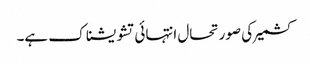
کشمیر کی صورتحال انتہائی تشویشناک ہے۔